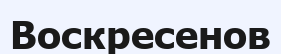
Воскресенов